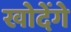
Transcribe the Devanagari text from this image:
खोदेंगे